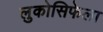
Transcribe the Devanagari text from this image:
लुकोसिफेला